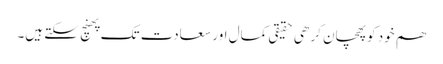
ھم خود کو پھچان کر ھی حقیقی کمال اور سعادت تک پھنچ سکتے ہیں۔